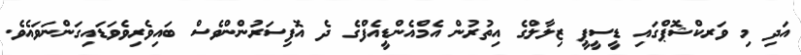
އަދި މި ވަރކްޝޮޕްގައި ޑީސީޕީ ޒިލާލްގެ އިތުރުން އެމްއެންޑީއެފްގެ ދެ އޮފިސަރުންންވެސް ބައިވެރިވެވަޑައިގަންނަވައެވެ.